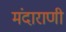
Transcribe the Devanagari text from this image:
मंदाराणी